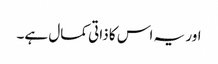
اور یہ اس کا ذاتی کمال ہے۔